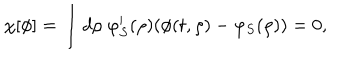
\chi [ \phi ] = \int d \rho \; \varphi _ { S } ^ { \prime } ( \rho ) ( \phi ( t , \rho ) - \varphi _ { S } ( \rho ) ) = 0 ,